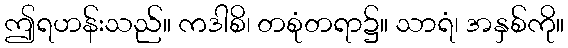
ဤရဟန်းသည်။ ကဒါစိ၊ တစုံတရာ၌။ သာရံ၊ အနှစ်ကို။